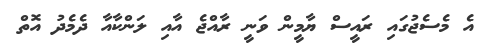
އެ މެސެޖުގައި ރައީސް ޔާމީން ވަނީ ރާއްޖެ އާއި ލަންކާއާ ދެމެދު އޮތް